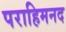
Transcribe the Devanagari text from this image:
पराहिमनद